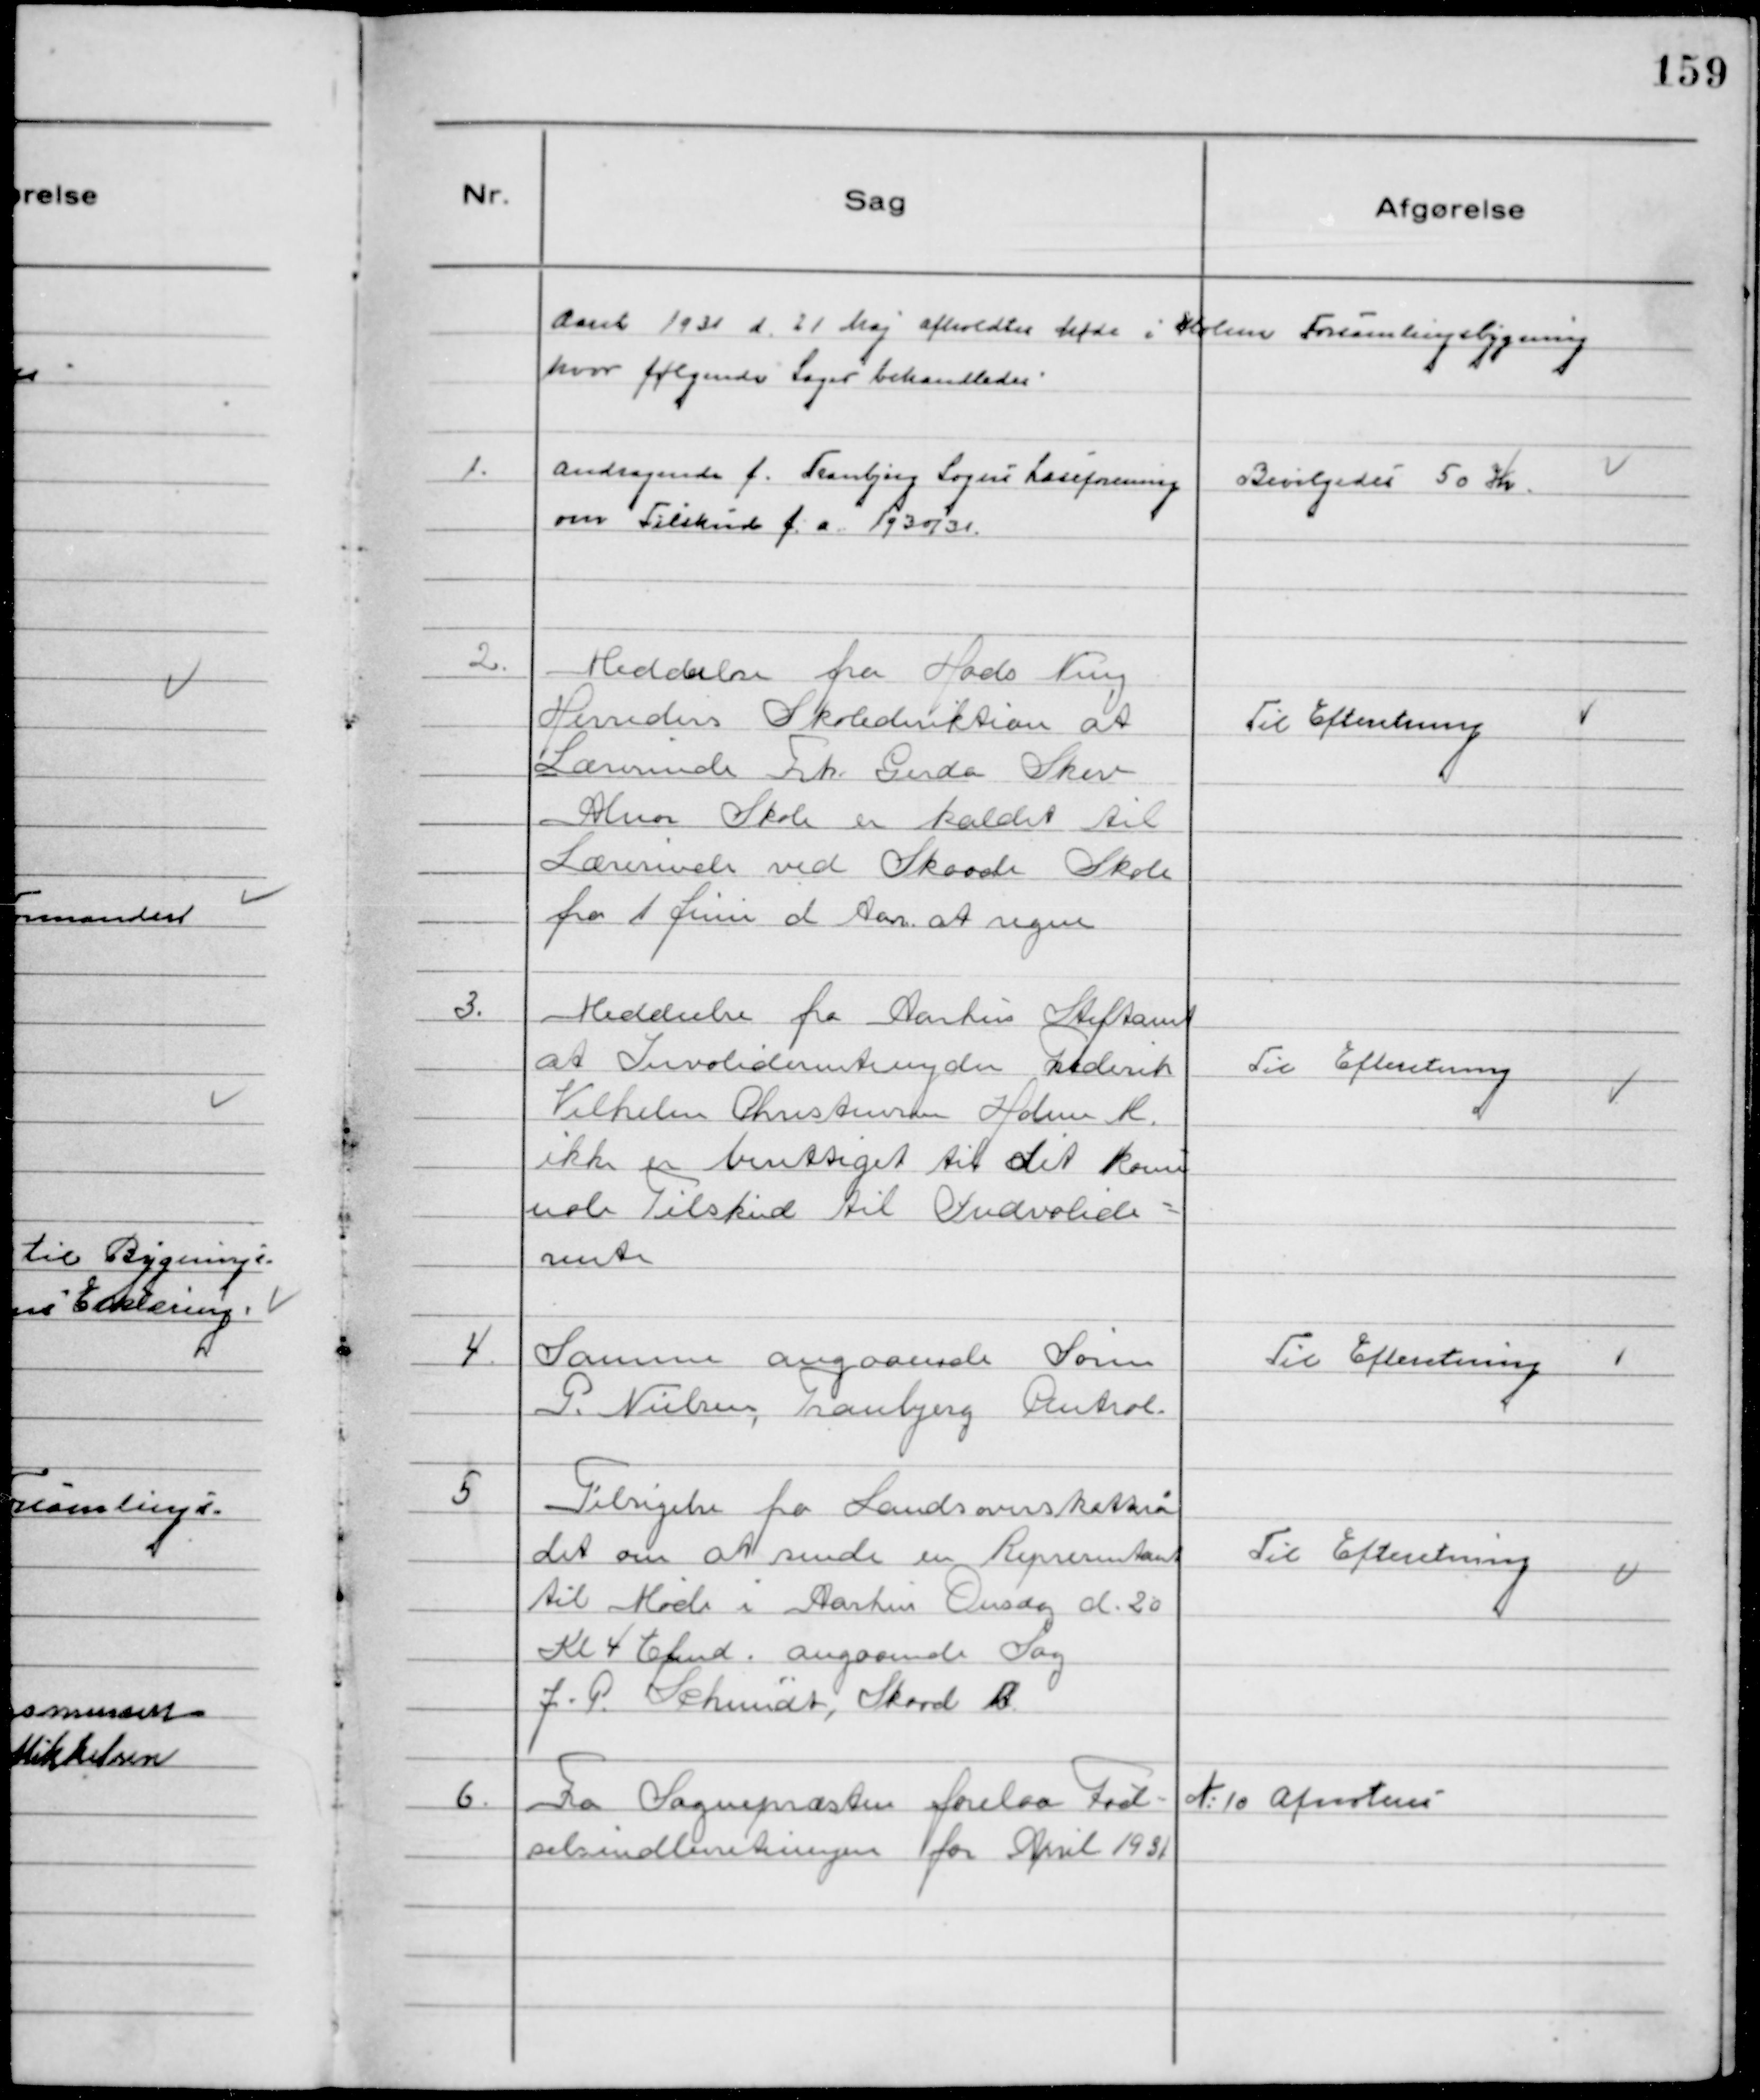
Transskription:
Aaret 1931 d. 21 Maj afholdtes Møde i Holme Forsamlingsbygning
hvor følgende Sager behandledes

1.
Andragende f. Tranbjerg Sogns Læseforening
om Tilskud f.a. 1930/31.

Bevilgedes 50 Kr.

2.
Meddeelse fra Hads Ning
Herreders Skolediriktion at
Lærerinde Frk. Gerda Skov
Alnor Skole er kaldet til
Lærerinde ved Skaade Skole
fra 1 Juni d Aar at regne

Til Efteretning

3.
Meddeelse fra Aarhus Stiftamt
at Invaliderentenyder Frederik
Vilhelm Christensen Holme M.
ikke er berettiget til det komu
nale Tilskud til Indvalide-
rente

Til Efteretning

4.
Samme angaaende Søren
P. Nielsen, Tranbjerg Central.

Til Efteretning

5
Tilsigelse fra Landsoverskatterå
det om at sende en Representant
til Møde i Aarhus Onsdag d. 20
Kl 4 Efmd. angaaende Sag
J.P. Schmidt, Skaad B.

Til Efteretning

6.
Fra Sognepræsten forelaa Fød-
selsindberetningen for April 1931

№10 Afnoteres